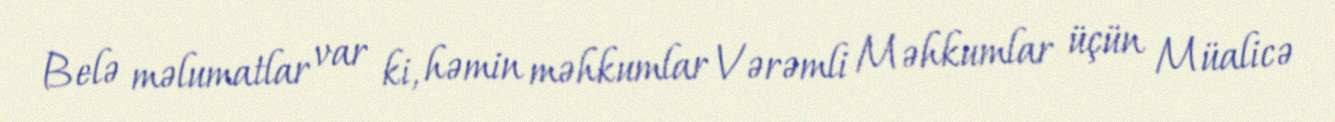
Belə məlumatlar var ki, həmin məhkumlar Vərəmli Məhkumlar üçün Müalicə